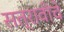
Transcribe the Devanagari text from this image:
सत्रावीचे